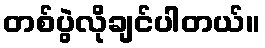
တစ်ပွဲလိုချင်ပါတယ်။